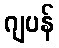
ဂျပန်